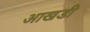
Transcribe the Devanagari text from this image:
आखडी